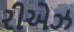
રીએઝ